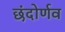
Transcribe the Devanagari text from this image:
छंदोर्णव